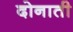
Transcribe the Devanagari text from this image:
दोनाती